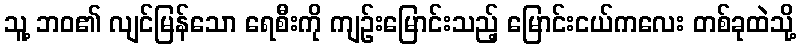
သူ့ ဘဝ၏ လျင်မြန်သော ရေစီးကို ကျဉ်းမြောင်းသည့် မြောင်းငယ်ကလေး တစ်ခုထဲသို့